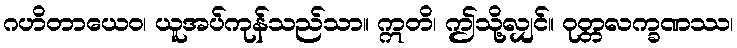
ဂဟိတာယေဝ၊ ယူအပ်ကုန်သည်သာ။ ဣတိ၊ ဤသို့လျှင်။ ဝုတ္တလက္ခဏဿ၊